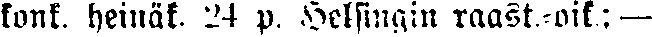
konk. heinäk. 24 p. Helsingin raast.-oik.; —